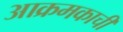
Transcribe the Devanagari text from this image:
आक्रमकाची